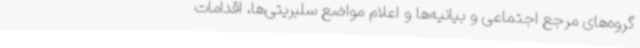
گروه‌های مرجع اجتماعی و بیانیه‌ها و اعلام مواضع سلبریتی‌ها، اقدامات